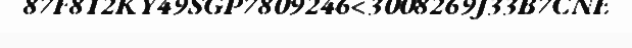
87F812KY49SGP7809246<3008269J33B7CNE